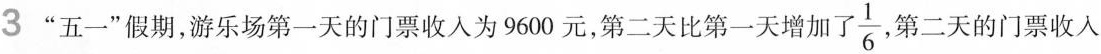
3”五一”假期，游乐场第一天的门票收入为9600元，第二天比第一天增加了 \frac{1}{6} 第二天的门票收入